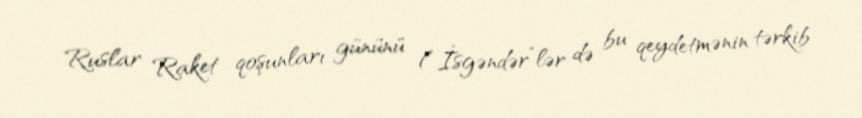
Ruslar Raket qoşunları gününü (“İsgəndər”lər də bu qeydetmənin tərkib